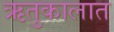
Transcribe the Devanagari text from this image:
ऋतुकालात